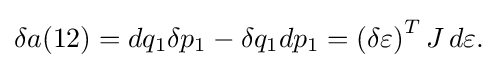
{\textstyle \delta a(12)=dq_{1}\delta p_{1}-\delta q_{1}dp_{1}={(\delta \varepsilon )}^{T}\,J\,d\varepsilon .}